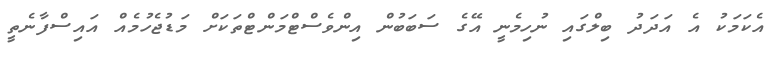
އެކަމަކު އެ އަދަދު ބިލްގައި ނުހިމެނީ އޭގެ ސަބަބުން އިންވެސްޓްމަންޓްތަކަށް މަޑުޖެހުމެއް އައިސްފާނެތީ